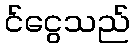
င်ငွေသည်